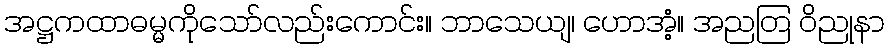
အဋ္ဌကထာဓမ္မကိုသော်လည်းကောင်း။ ဘာသေယျ၊ ဟောအံ့။ အညတြ ဝိညုနာ